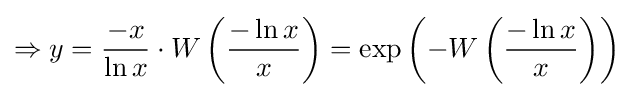
\Rightarrow y={\frac {-x}{\ln x}}\cdot W\left({\frac {-\ln x}{x}}\right)=\exp \left(-W\left({\frac {-\ln x}{x}}\right)\right)